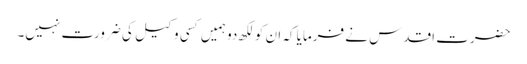
حضرت اقدس نے فرمایا کہ ان کو لکھ دو ہمیں کسی وکیل کی ضرورت نہیں۔